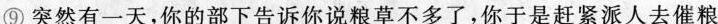
⑨突然有一天，你的部下告诉你说粮草不多了，你于是赶紧派人去催粮